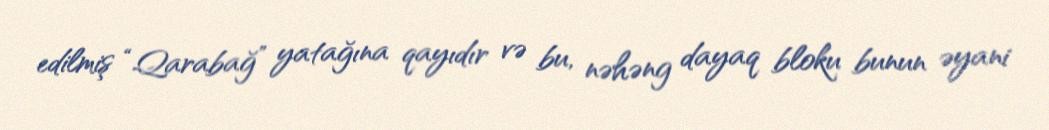
edilmiş “Qarabağ” yatağına qayıdır və bu, nəhəng dayaq bloku bunun əyani